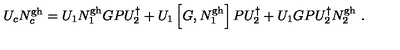
U _ { c } N _ { c } ^ { \mathrm { g h } } = U _ { 1 } N _ { 1 } ^ { \mathrm { g h } } G P U _ { 2 } ^ { \dagger } + U _ { 1 } \left[ G , N _ { 1 } ^ { \mathrm { g h } } \right] P U _ { 2 } ^ { \dagger } + U _ { 1 } G P U _ { 2 } ^ { \dagger } N _ { 2 } ^ { \mathrm { g h } } \ .